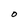
Character: O